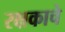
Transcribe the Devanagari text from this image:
रक्षकाचे